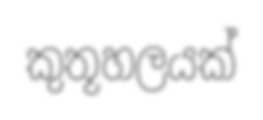
කුතූහලයක්